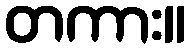
တကား။